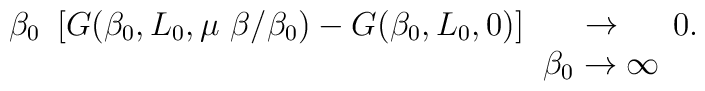
\beta _0\ \left[ G(\beta _0,L_0,\mu \ \beta /\beta _0)-G(\beta_0,L_0,0)\right]\begin{array}{c}\\\rightarrow  \\\beta _0\rightarrow \infty\end{array}0.